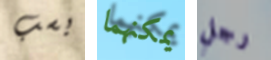
بسب يمكنهما رجل